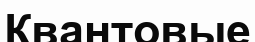
Квантовые